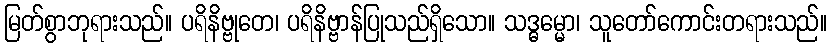
မြတ်စွာဘုရားသည်။ ပရိနိဗ္ဗုတေ၊ ပရိနိဗ္ဗာန်ပြုသည်ရှိသော။ သဒ္ဓမ္မော၊ သူတော်ကောင်းတရားသည်။